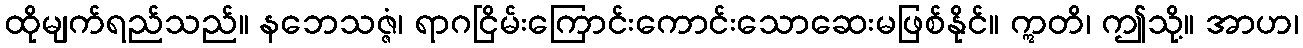
ထိုမျက်ရည်သည်။ နဘေသဇ္ဇံ၊ ရာဂငြိမ်းကြောင်းကောင်းသောဆေးမဖြစ်နိုင်။ ဣတိ၊ ဤသို့။ အာဟ၊